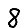
Digit: 8